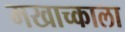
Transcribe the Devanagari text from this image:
मखाच्काला